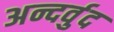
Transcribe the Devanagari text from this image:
अन्दर्वुद